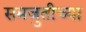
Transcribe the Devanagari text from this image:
समजुतीच्या